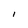
Character: I